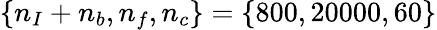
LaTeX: \{ n_{I}+n_{b},n_{f},n_{c}\} =\{ 800,20000,60\}